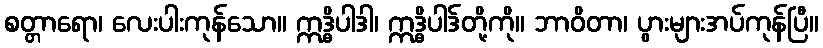
စတ္တာရော၊ လေးပါးကုန်သော။ ဣဒ္ဓိပါဒါ၊ ဣဒ္ဓိပါဒ်တို့ကို။ ဘာဝိတာ၊ ပွားများအပ်ကုန်ပြီ။